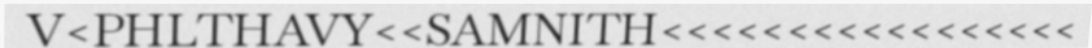
V<PHLTHAVY<<SAMNITH<<<<<<<<<<<<<<<<<